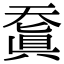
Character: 𠔬